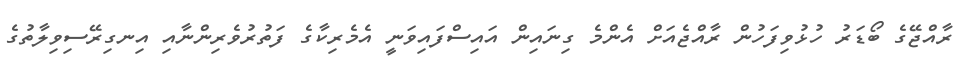
ރާއްޖޭގެ ބޯޑަރު ހުޅުވިފަހުން ރާއްޖެއަށް އެންމެ ގިނަައިން އައިސްފައިވަނީ އެމެރިކާގެ ފަތުރުވެރިންނާއި އިނގިރޭސިވިލާތުގެ